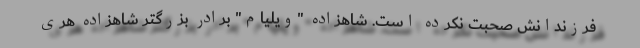
فرزندانش صحبت نکرده است. شاهزاده "ویلیام" برادر بزرگتر شاهزاده هری